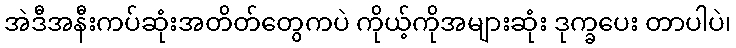
အဲဒီအနီးကပ်ဆုံးအတိတ်တွေကပဲ ကိုယ့်ကိုအများဆုံး ဒုက္ခပေး တာပါပဲ၊